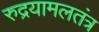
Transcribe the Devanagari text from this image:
रुद्रयामलतंत्र